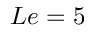
L e = 5